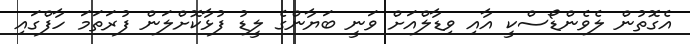
އެގޮތުން ލެވެންޑޯސްކީ އާއި ވިޑާލްއަށް ވަނީ ބަޔާންގެ ލީޑު ފުޅާކޮށްލަން ފުރަތަމަ ހާފްގައި